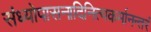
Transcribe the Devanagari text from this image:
संध्योपासनादिनित्यकर्मानन्तरं